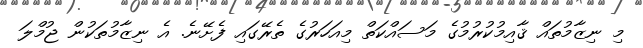
މި ނިޒާމުތައް ޤާއިމުކުރުމުގެ މަސައްކަތް މިއަހަރުގެ ތެރޭގައި ފެށޭނެ. އެ ނިޒާމުތަކުން ޖުމްލަ